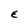
Character: E